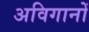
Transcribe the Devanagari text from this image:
अविगानों